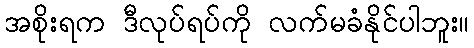
အစိုးရက ဒီလုပ်ရပ်ကို လက်မခံနိုင်ပါဘူး။